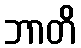
ဘာတိ